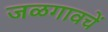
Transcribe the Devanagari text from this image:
जळगावचें